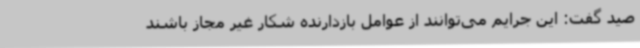
صید گفت: این جرایم می‌توانند از عوامل بازدارنده شکار غیر مجاز باشند